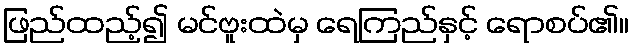
ဖြည်ထည့်၍ မင်ဗူးထဲမှ ရေကြည်နှင့် ရောစပ်၏။